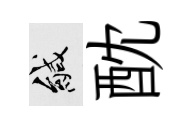
緘酖